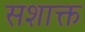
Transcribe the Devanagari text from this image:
सशाक्त